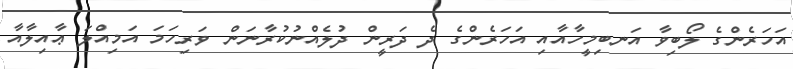
އަހަރެންގެ ލޯބިވާ އަނބިމީހާއާއި އަހަރެންގެ ދެ ދަރީން ދުލެއްނުކުރާނަން ވަރިހަމަ އަމިއްލަ ޢާއިލާއާ